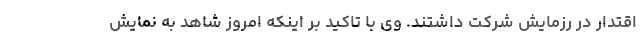
اقتدار در رزمایش شرکت داشتند. وی با تاکید بر اینکه امروز شاهد به نمایش